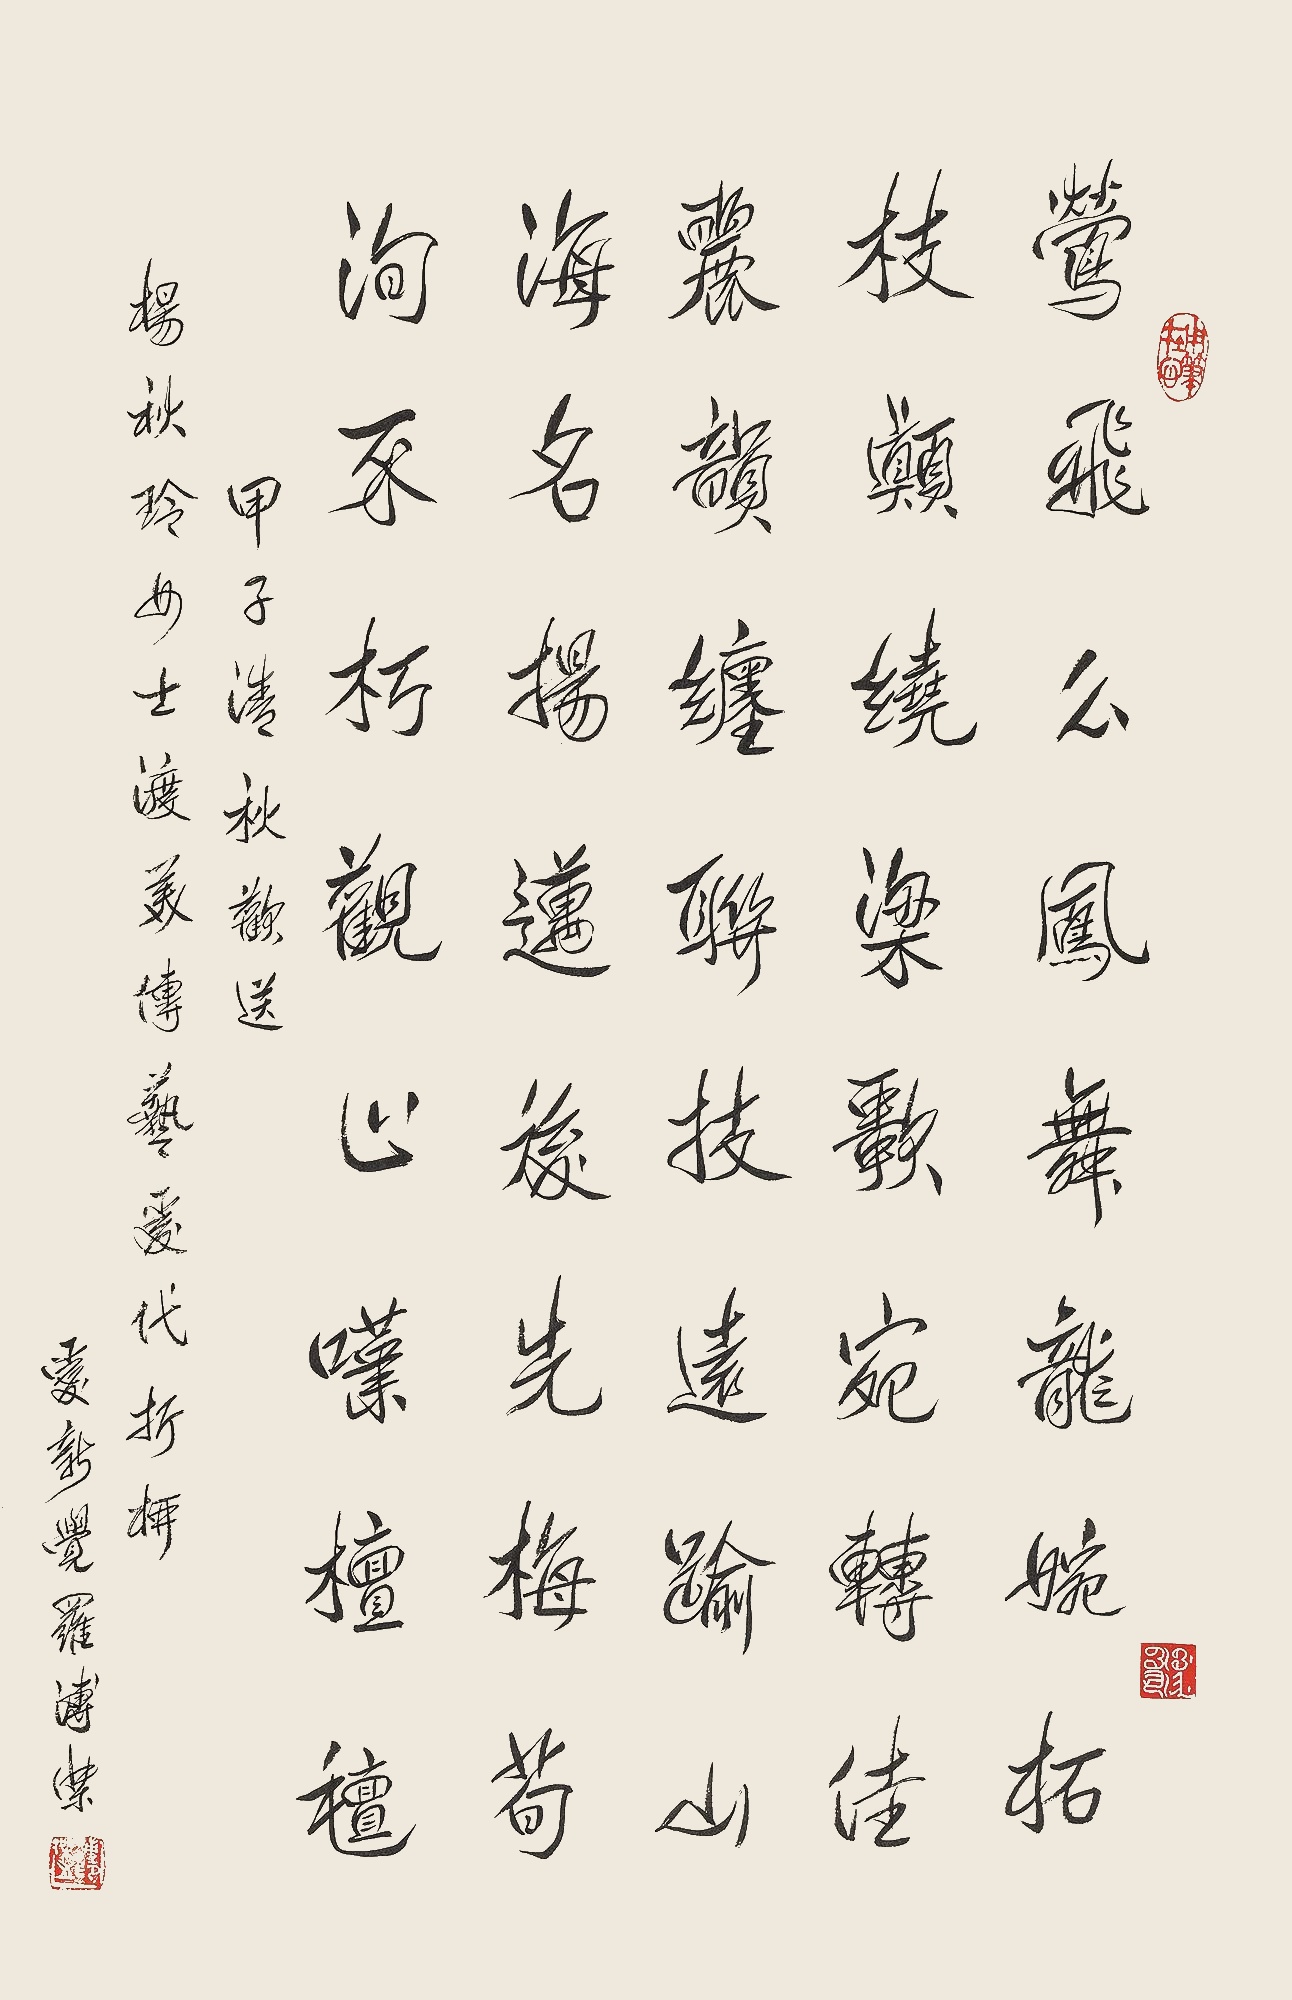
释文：莺飞么凤舞，龙婉柘枝头。绕梁歌宛转，佳丽韵缠联。技远逾山海，名扬迈后先。梅荀洵不朽，观止叹檀氊。甲子清秋欢送杨秋玲女士渡美传艺爰代折柳。爱新觉罗溥杰。